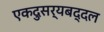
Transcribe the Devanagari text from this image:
एकदुसर्‍यबद्दल